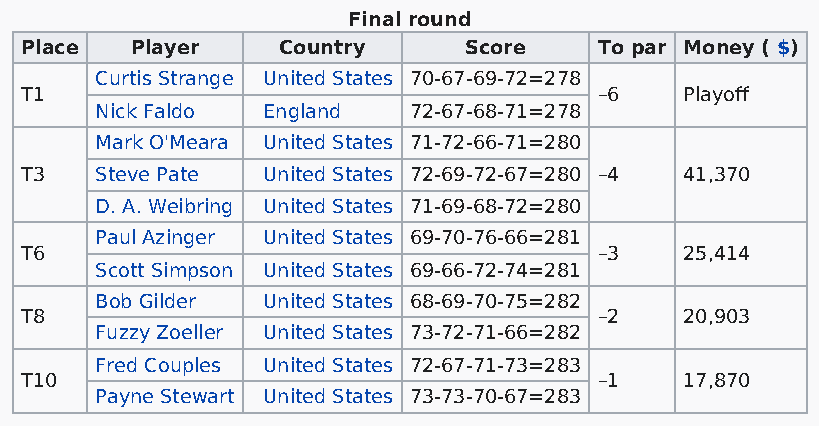
Final round
 Place   Player   Country      Score    To par Money ( $)
 Curtis Strange United States 70-67-69-72=278
 T1                                     –6   Playoff
 Nick Faldo England   72-67-68-71=278
 Mark O'Meara United States 71-72-66-71=280
 T3   Steve Pate United States 72-69-72-67=280 –4 41,370
 D. A. Weibring United States 71-69-68-72=280
 Paul Azinger United States 69-70-76-66=281
 T6                                     –3   25,414
 Scott Simpson United States 69-66-72-74=281
 Bob Gilder United States 68-69-70-75=282
 T8                                     –2   20,903
 Fuzzy Zoeller United States 73-72-71-66=282
 Fred Couples United States 72-67-71-73=283
 T10                                    –1   17,870
 Payne Stewart United States 73-73-70-67=283